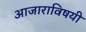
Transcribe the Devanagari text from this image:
आजाराविषयी